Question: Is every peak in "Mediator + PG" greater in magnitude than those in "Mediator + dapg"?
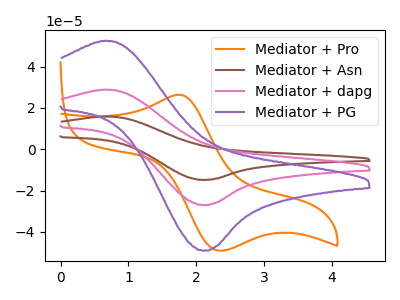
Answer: <think>The orange curve "Mediator + Pro" has an anodic peak at (1.75V, 26.40uA) and a cathodic peak at (2.30V, -49.00uA). The brown curve "Mediator + Asn" has an anodic peak at (0.65V, 57.75uA) and a cathodic peak at (2.10V, -53.90uA). The pink curve "Mediator + dapg" has an anodic peak at (0.65V, 28.85uA) and a cathodic peak at (2.10V, -26.95uA). The purple curve "Mediator + PG" has an anodic peak at (0.65V, 52.50uA) and a cathodic peak at (2.10V, -49.05uA).</think>
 <answer>Every peak in "Mediator + PG" is higher than every peak in "Mediator + dapg".</answer>
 <eval>higher</eval>